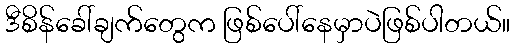
ဒီစိန်ခေါ်ချက်တွေက ဖြစ်ပေါ်နေမှာပဲဖြစ်ပါတယ်။